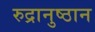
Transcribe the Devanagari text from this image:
रुद्रानुष्ठान